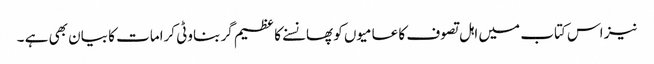
نیز اس کتاب میں اہل تصوف کا عامیوں کو پھانسنے کا عظیم گر بناوٹی کرامات کا بیان بھی ہے ۔